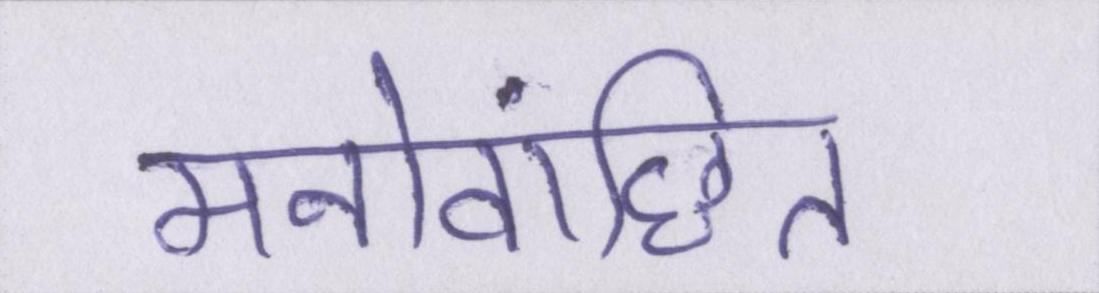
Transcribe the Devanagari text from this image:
मनोवांछित